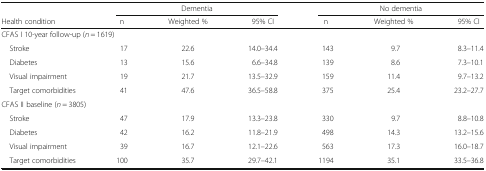
<table><thead><tr><td></td><td colspan="3"><b>Dementia</b></td><td colspan="3"><b>No dementia</b></td></tr><tr><td><b>Health condition</b></td><td><b>n</b></td><td><b>Weighted %</b></td><td><b>95% CI</b></td><td><b>n</b></td><td><b>Weighted %</b></td><td><b>95% CI</b></td></tr></thead><tbody><tr><td colspan="7">CFAS I 10-year follow-up (<i>n</i> = 1619)</td></tr><tr><td> Stroke</td><td>17</td><td>22.6</td><td>14.0–34.4</td><td>143</td><td>9.7</td><td>8.3–11.4</td></tr><tr><td> Diabetes</td><td>13</td><td>15.6</td><td>6.6–34.8</td><td>139</td><td>8.6</td><td>7.3–10.1</td></tr><tr><td> Visual impairment</td><td>19</td><td>21.7</td><td>13.5–32.9</td><td>159</td><td>11.4</td><td>9.7–13.2</td></tr><tr><td> Target comorbidities</td><td>41</td><td>47.6</td><td>36.5–58.8</td><td>375</td><td>25.4</td><td>23.2–27.7</td></tr><tr><td colspan="7">CFAS II baseline (<i>n</i> = 3805)</td></tr><tr><td> Stroke</td><td>47</td><td>17.9</td><td>13.3–23.8</td><td>330</td><td>9.7</td><td>8.8–10.8</td></tr><tr><td> Diabetes</td><td>42</td><td>16.2</td><td>11.8–21.9</td><td>498</td><td>14.3</td><td>13.2–15.6</td></tr><tr><td> Visual impairment</td><td>39</td><td>16.7</td><td>12.1–22.6</td><td>563</td><td>17.3</td><td>16.0–18.7</td></tr><tr><td> Target comorbidities</td><td>100</td><td>35.7</td><td>29.7–42.1</td><td>1194</td><td>35.1</td><td>33.5–36.8</td></tr></tbody></table>